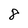
Character: 8